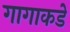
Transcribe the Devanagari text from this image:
गागाकडे